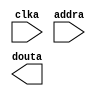
module font_rom(
	clka,
	addra,
	douta);


input clka;
input [6 : 0] addra;
output [7 : 0] douta;

// synthesis translate_off

      BLK_MEM_GEN_V2_4 #(
		.C_ADDRA_WIDTH(7),
		.C_ADDRB_WIDTH(7),
		.C_ALGORITHM(1),
		.C_BYTE_SIZE(9),
		.C_COMMON_CLK(0),
		.C_DEFAULT_DATA("0"),
		.C_DISABLE_WARN_BHV_COLL(0),
		.C_DISABLE_WARN_BHV_RANGE(0),
		.C_FAMILY("virtex2p"),
		.C_HAS_ENA(0),
		.C_HAS_ENB(0),
		.C_HAS_MEM_OUTPUT_REGS(0),
		.C_HAS_MUX_OUTPUT_REGS(0),
		.C_HAS_REGCEA(0),
		.C_HAS_REGCEB(0),
		.C_HAS_SSRA(0),
		.C_HAS_SSRB(0),
		.C_INIT_FILE_NAME("font_rom.mif"),
		.C_LOAD_INIT_FILE(1),
		.C_MEM_TYPE(3),
		.C_PRIM_TYPE(1),
		.C_READ_DEPTH_A(128),
		.C_READ_DEPTH_B(128),
		.C_READ_WIDTH_A(8),
		.C_READ_WIDTH_B(8),
		.C_SIM_COLLISION_CHECK("ALL"),
		.C_SINITA_VAL("0"),
		.C_SINITB_VAL("0"),
		.C_USE_BYTE_WEA(0),
		.C_USE_BYTE_WEB(0),
		.C_USE_DEFAULT_DATA(0),
		.C_USE_ECC(0),
		.C_USE_RAMB16BWER_RST_BHV(0),
		.C_WEA_WIDTH(1),
		.C_WEB_WIDTH(1),
		.C_WRITE_DEPTH_A(128),
		.C_WRITE_DEPTH_B(128),
		.C_WRITE_MODE_A("WRITE_FIRST"),
		.C_WRITE_MODE_B("WRITE_FIRST"),
		.C_WRITE_WIDTH_A(8),
		.C_WRITE_WIDTH_B(8),
		.C_XDEVICEFAMILY("virtex2p"))
	inst (
		.CLKA(clka),
		.ADDRA(addra),
		.DOUTA(douta),
		.DINA(),
		.ENA(),
		.REGCEA(),
		.WEA(),
		.SSRA(),
		.CLKB(),
		.DINB(),
		.ADDRB(),
		.ENB(),
		.REGCEB(),
		.WEB(),
		.SSRB(),
		.DOUTB(),
		.DBITERR(),
		.SBITERR());


// synthesis translate_on

// XST black box declaration
// box_type "black_box"
// synthesis attribute box_type of font_rom is "black_box"

endmodule